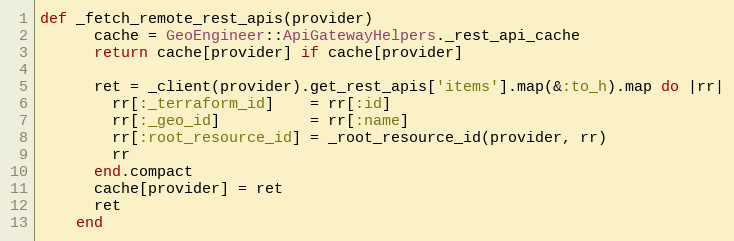
Language: Ruby
def _fetch_remote_rest_apis(provider)
      cache = GeoEngineer::ApiGatewayHelpers._rest_api_cache
      return cache[provider] if cache[provider]

      ret = _client(provider).get_rest_apis['items'].map(&:to_h).map do |rr|
        rr[:_terraform_id]    = rr[:id]
        rr[:_geo_id]          = rr[:name]
        rr[:root_resource_id] = _root_resource_id(provider, rr)
        rr
      end.compact
      cache[provider] = ret
      ret
    end